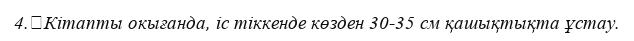
4.	Кітапты окығанда, іс тіккенде көзден 30-35 см қашықтықта ұстау.